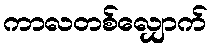
ကာလတစ်လျှောက်